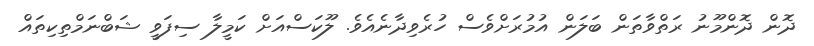
ދޮން ދޮންމޫނު ރަތްވާތަން ބަލަން އުމުރަށްވެސް ހުރެވިދާނެއެވެ. ލޫކަސްއަށް ކަމީލާ ސިފަވީ ޝަބްނަމްތިކިތައް